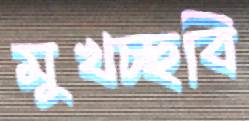
মুখচ্ছবি